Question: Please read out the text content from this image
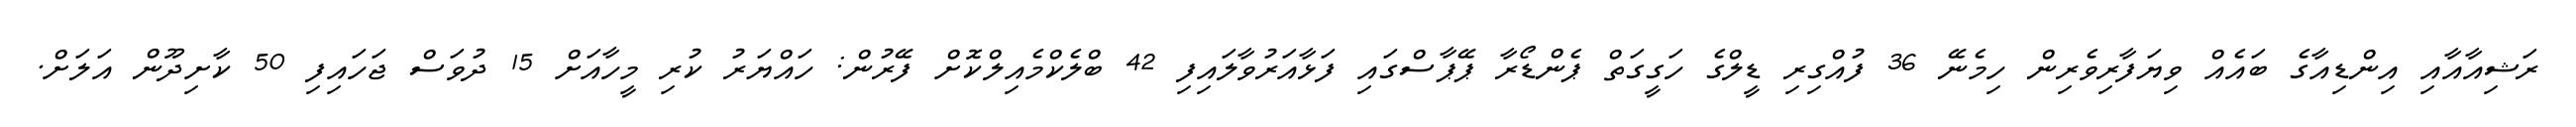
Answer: ރަޝިއާއާއި އިންޑިއާގެ ބައެއް ވިޔަފާރިވެރިން ހިމެނޭ 36 ފުއްގިރި ޑީލްގެ ހަގީގަތް ޕެންޑޯރާ ޕޭޕާސްގައި ފަޅާއަރުވާލައިފި 42 ބްލެކްމެއިލްކޮށް ފޭރުން: ހައްޔަރު ކުރި މީހާއަށް 15 ދުވަސް ޖަހައިފި 50 ކާށިދޫން އަލަށް.